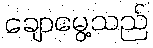
ချောမွေ့သည်